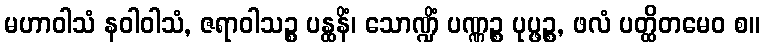
မဟာဝါသံ နဝါဝါသံ, ဇရာဝါသဉ္စ ပန္ထနိံ၊ သောဏ္ဍိံ ပဏ္ဏဉ္စ ပုပ္ဖဉ္စ, ဖလံ ပတ္ထိတမေဝ စ။